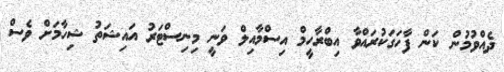
ދެއްވުމުން ކަން ފާހަގަކުރައްވާ އިބްރާހީމް އިސްމާއިލް ވަނީ މިނިސްޓަރު އައިޝަތު ޝިހާމަށް ވެސް